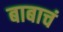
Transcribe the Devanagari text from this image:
बाबाचं